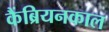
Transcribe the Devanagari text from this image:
कैंब्रियनकाल